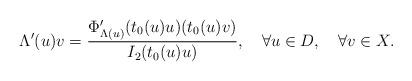
LaTeX: \begin{align*}\Lambda'(u)v=\frac{\Phi_{\Lambda(u)}'(t_0(u)u)(t_0(u)v)}{I_2(t_0(u)u)}, \quad\forall u\in D, \quad\forall v\in X.\end{align*}